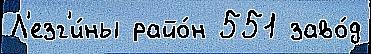
Л'езг'и́ны райо́н 551 заво́д